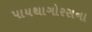
પાયથાગોરસના